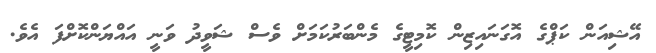
އޭޝިއަން ކަޕްގެ އޮގަނައިޒިން ކޮމިޓީގެ މެންބަރުކަމަށް ވެސް ޝަވީދު ވަނީ އައްޔަންކޮށްފަ އެވެ.